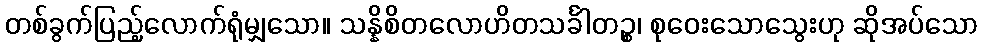
တစ်ခွက်ပြည့်လောက်ရုံမျှသော။ သန္နိစိတလောဟိတသင်္ခါတဉ္စ၊ စုဝေးသောသွေးဟု ဆိုအပ်သော